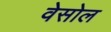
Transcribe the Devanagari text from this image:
वेसोल